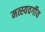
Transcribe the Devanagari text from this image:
मत्स्यवर्गीय